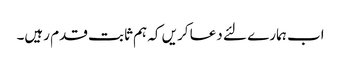
اب ہمارے لئے دعا کریں کہ ہم ثابت قدم رہیں۔